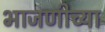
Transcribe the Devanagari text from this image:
भाजणीच्या